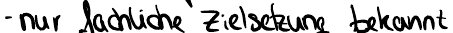
- nur fachliche Zielsetzung bekannt